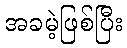
အခမဲ့ဖြစ်ပြီး